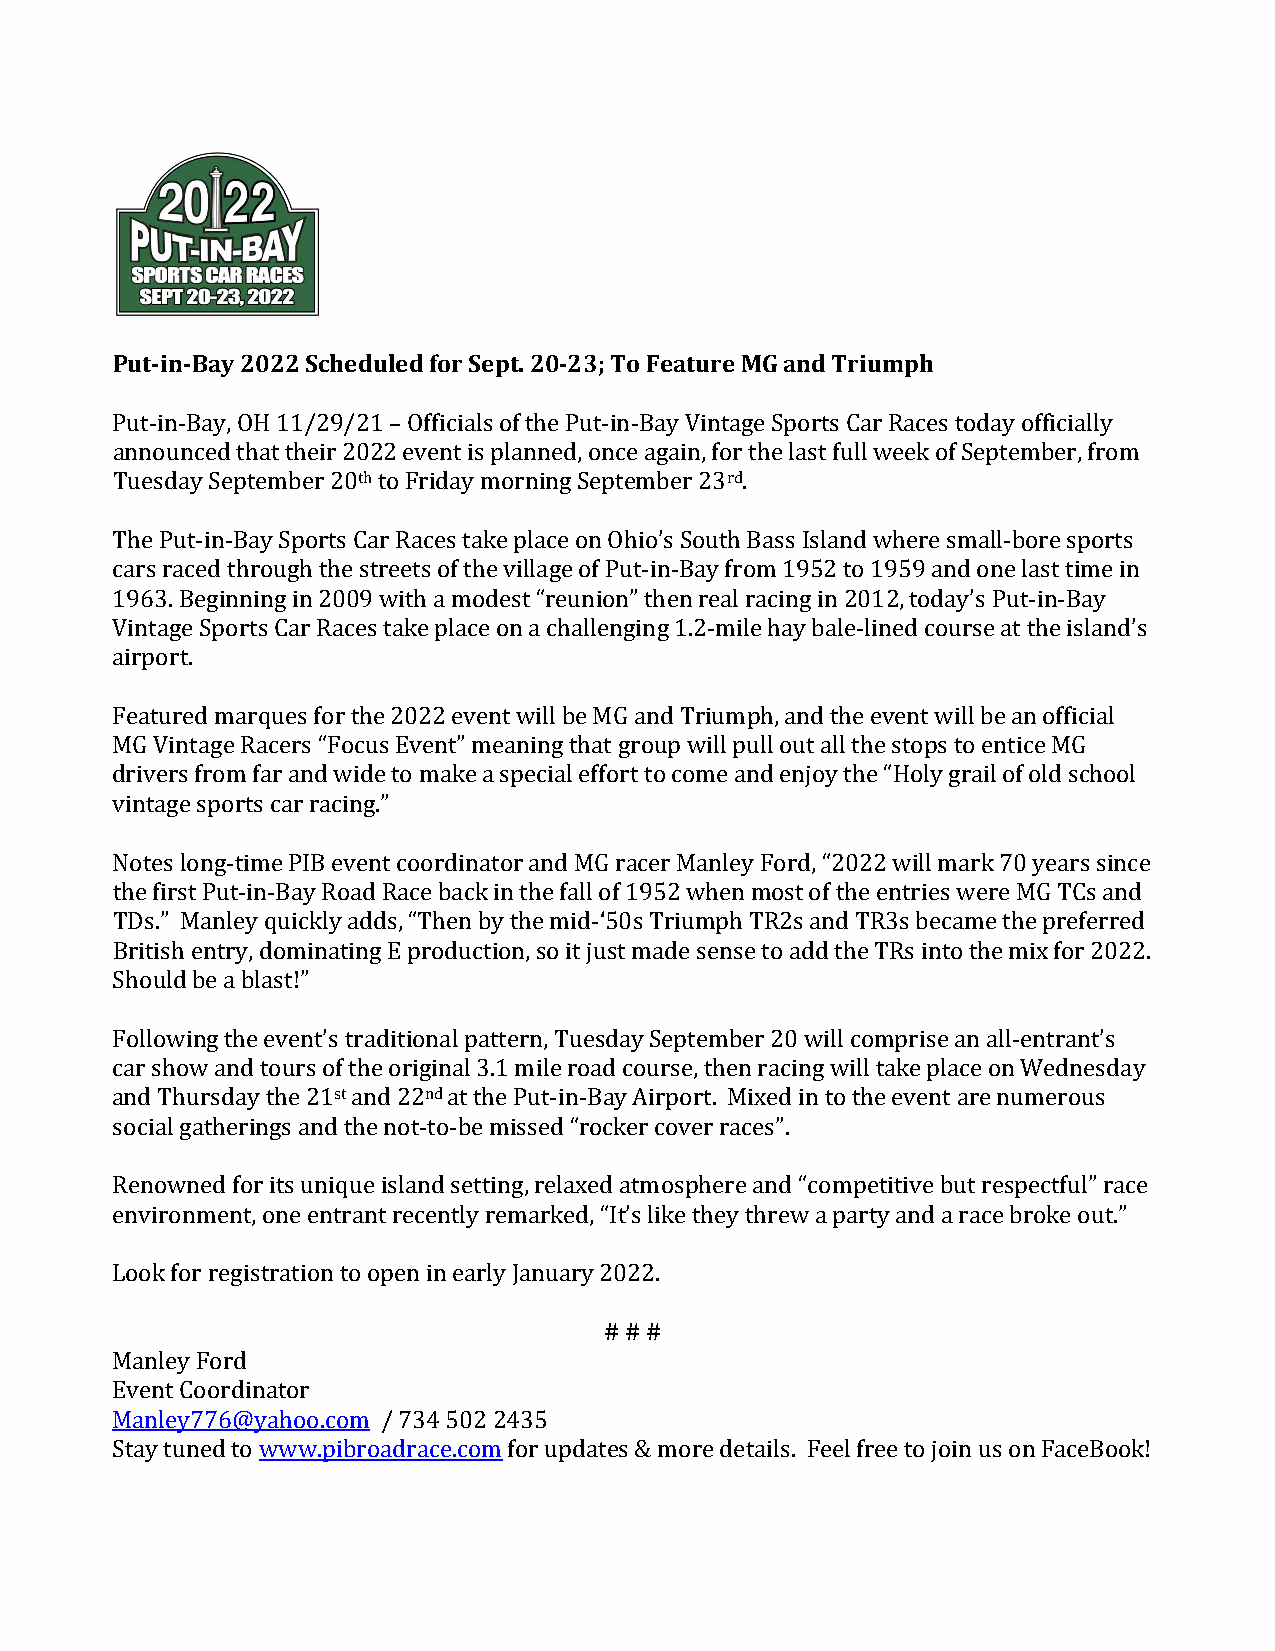
Put­in­Bay 2022 Scheduled for Sept. 20­23; To Feature MG and Triumph
 Put­in­Bay, OH 11/29/21 – Officials of the Put­in­Bay Vintage Sports Car Races today officially
 announced that their 2022 event is planned, once again, for the last full week of September, from
 Tuesday September 20th to Friday morning September 23rd.
 The Put­in­Bay Sports Car Races take place on Ohio’s South Bass Island where small­bore sports
 cars raced through the streets of the village of Put­in­Bay from 1952 to 1959 and one last time in
 1963. Beginning in 2009 with a modest “reunion” then real racing in 2012, today’s Put­in­Bay
 Vintage Sports Car Races take place on a challenging 1.2­mile hay bale­lined course at the island’s
 airport.
 Featured marques for the 2022 event will be MG and Triumph, and the event will be an official
 MG Vintage Racers “Focus Event” meaning that group will pull out all the stops to entice MG
 drivers from far and wide to make a special effort to come and enjoy the “Holy grail of old school
 vintage sports car racing.”
 Notes long­time PIB event coordinator and MG racer Manley Ford, “2022 will mark 70 years since
 the first Put­in­Bay Road Race back in the fall of 1952 when most of the entries were MG TCs and
 TDs.” Manley quickly adds, “Then by the mid­‘50s Triumph TR2s and TR3s became the preferred
 British entry, dominating E production, so it just made sense to add the TRs into the mix for 2022.
 Should be a blast!”
 Following the event’s traditional pattern, Tuesday September 20 will comprise an all­entrant’s
 car show and tours of the original 3.1 mile road course, then racing will take place on Wednesday
 and Thursday the 21st and 22nd at the Put­in­Bay Airport. Mixed in to the event are numerous
 social gatherings and the not­to­be missed “rocker cover races”.
 Renowned for its unique island setting, relaxed atmosphere and “competitive but respectful” race
 environment, one entrant recently remarked, “It’s like they threw a party and a race broke out.”
 Look for registration to open in early January 2022.
 # # #
 Manley Ford
 Event Coordinator
 Manley776@yahoo.com / 734 502 2435
 Stay tuned to www.pibroadrace.com for updates & more details. Feel free to join us on FaceBook!